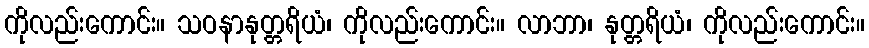
ကိုလည်းကောင်း။ သဝနာနုတ္တရိယံ၊ ကိုလည်းကောင်း။ လာဘာ၊ နုတ္တရိယံ၊ ကိုလည်းကောင်း။